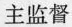
主监督